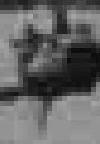
草